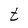
Character: t